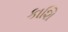
કાશિ